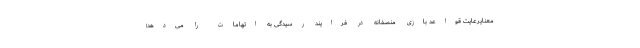
معنایرعایت قواعد بازی منصفانه در فرایند رسیدگی به اتهامات را می‌دهد؛